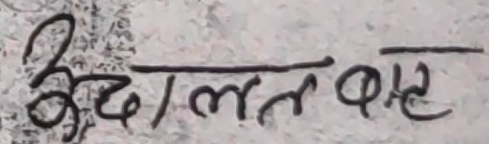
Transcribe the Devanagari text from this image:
बुद्धलाल बाह